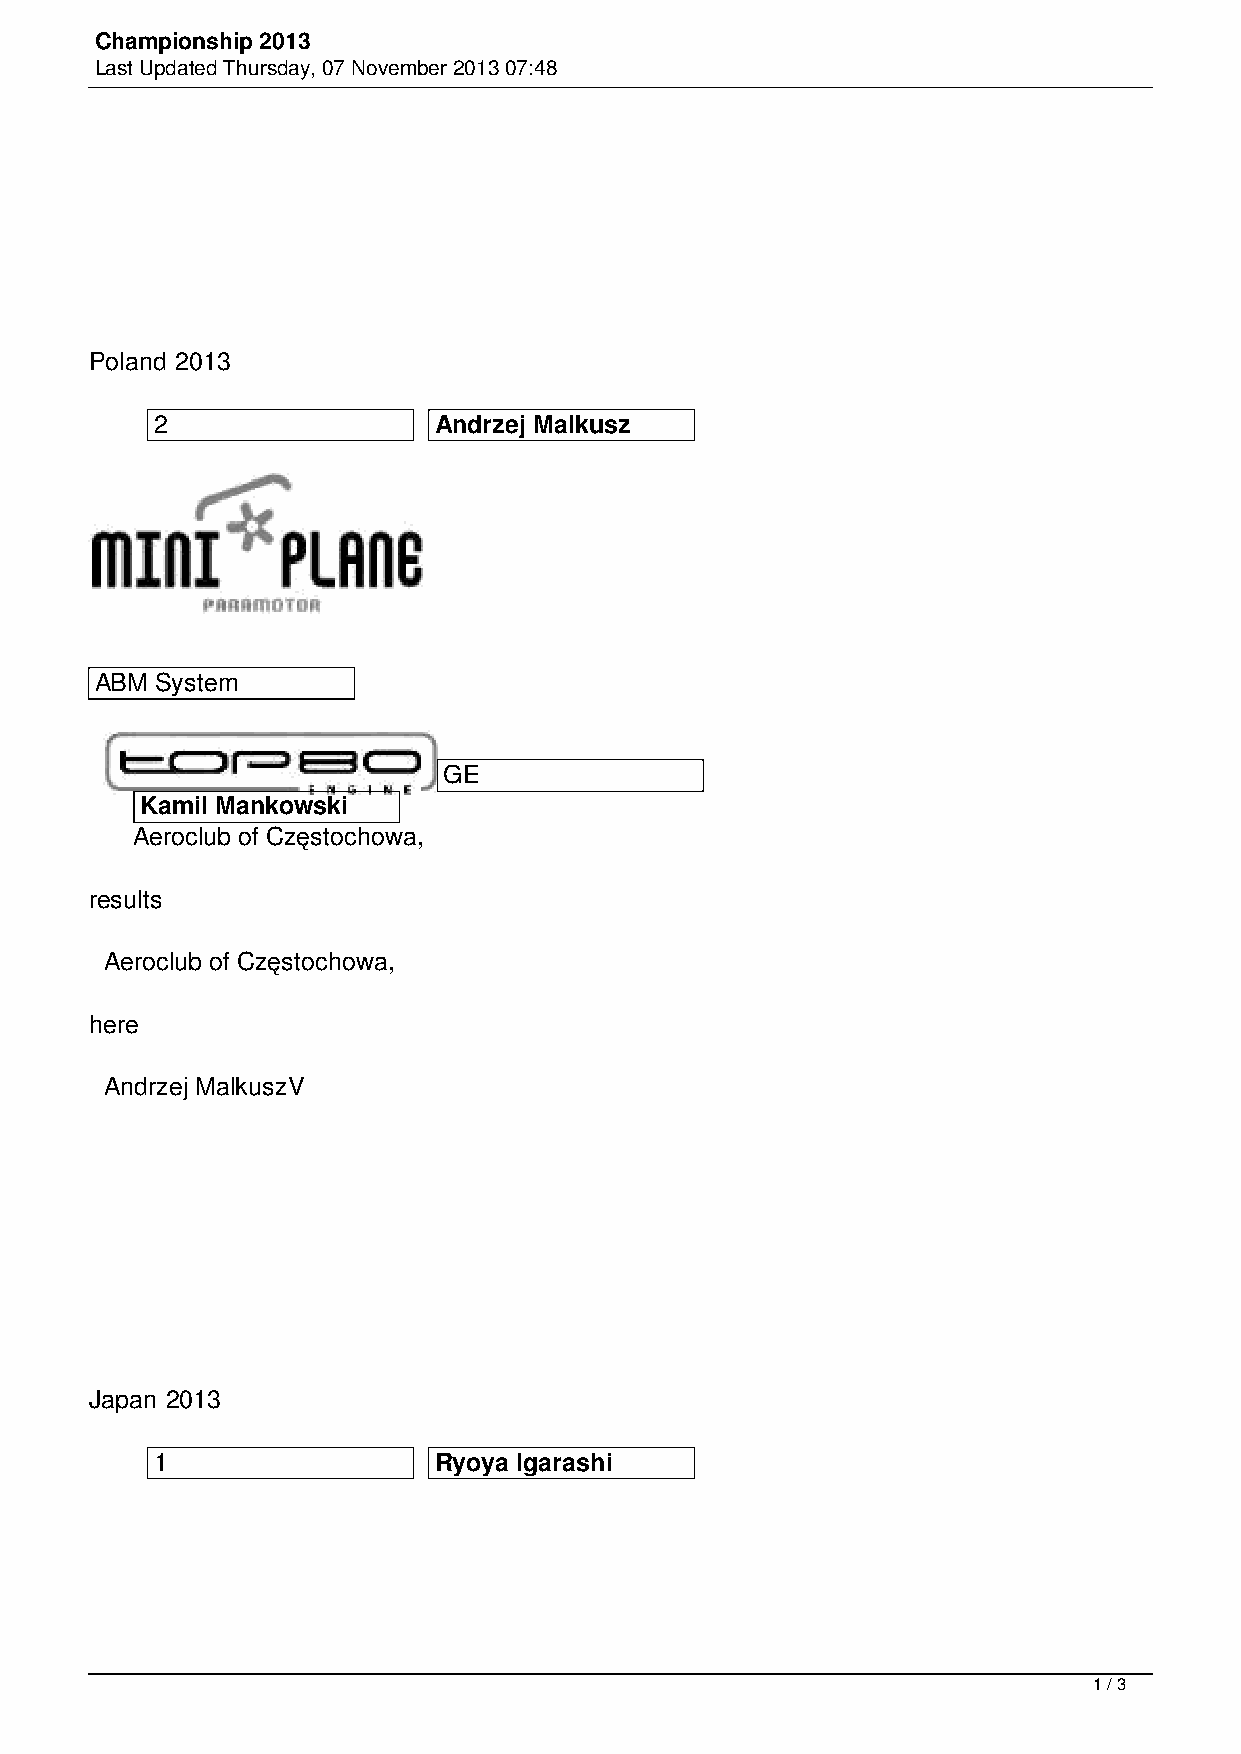
Championship 2013
 Last Updated Thursday, 07 November 2013 07:48
 Poland 2013
 2                  Andrzej Malkusz
 ABM System
 GE
 Kamil Mankowski
 Aeroclub of Częstochowa,
 results
 Aeroclub of Częstochowa,
 here
 Andrzej MalkuszV
 Japan 2013
 1                  Ryoya Igarashi
 1 / 3